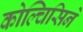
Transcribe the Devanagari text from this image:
कोल्चिसिने